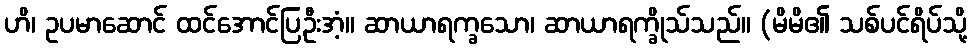
ဟိ၊ ဥပမာဆောင် ထင်အောင်ပြဦးအံ့။ ဆာယာရက္ခသော၊ ဆာယာရက္ခိုသ်သည်။ (မိမိ၏ သစ်ပင်ရိပ်သို့